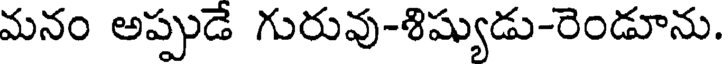
మనం అప్పుడే గురువు-శిష్యుడు-రెండూను.